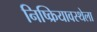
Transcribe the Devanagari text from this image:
निष्क्रियावस्थेला